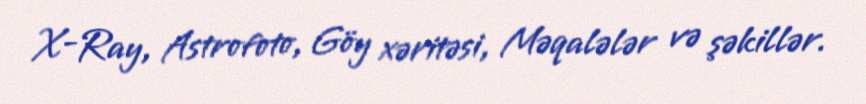
X-Ray, Astrofoto, Göy xəritəsi, Məqalələr və şəkillər.